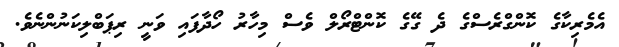
އެމެރިކާގެ ކޮންގްރެސްގެ ދެ ގޭގެ ކޮންޓްރޯލް ވެސް މިހާރު ހޯދާފައި ވަނީ ރިޕަބްލިކަނުންނެވެ.